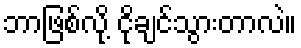
ဘာဖြစ်လို့ ငိုချင်သွားတာလဲ။